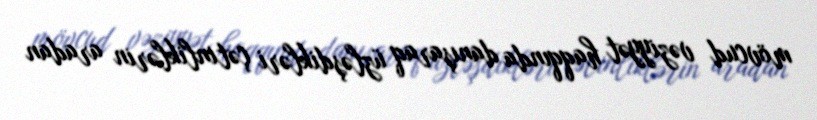
mövcud vəziyyət haqqında danışaraq üzləşdikləri çətinliklərin aradan